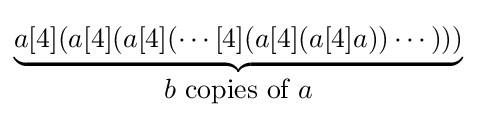
\underbrace {a[4](a[4](a[4](\cdots [4](a[4](a[4]a))\cdots )))} _{\displaystyle b{\mbox{ copies of }}a}